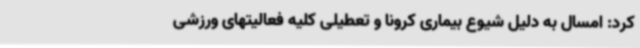
کرد: امسال به دلیل شیوع بیماری کرونا و تعطیلی کلیه فعالیتهای ورزشی